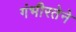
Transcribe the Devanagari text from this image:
गंभीरतेने